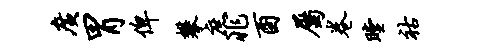
广胃俾攀庶兆酉属卷瞠祜